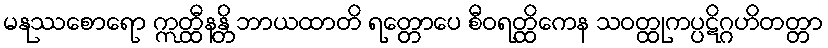
မနုဿစောရော ဣတ္ထီနန္တိ ဘာယထာတိ ရတ္တောပေ စီဝရတ္ထိကေန သဝတ္ထုကပ္ပဋိဂ္ဂဟိတတ္တာ